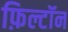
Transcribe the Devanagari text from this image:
फ़िल्टॉन